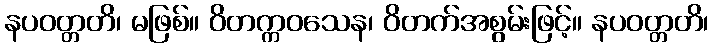
နပဝတ္တတိ၊ မဖြစ်။ ဝိတက္ကဝသေန၊ ဝိတက်အစွမ်းဖြင့်။ နပဝတ္တတိ၊